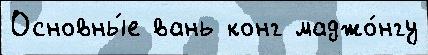
Основны́е вань конг маджо́нгу